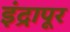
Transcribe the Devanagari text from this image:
इंद्रापूर